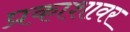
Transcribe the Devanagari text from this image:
प्रकाशावर